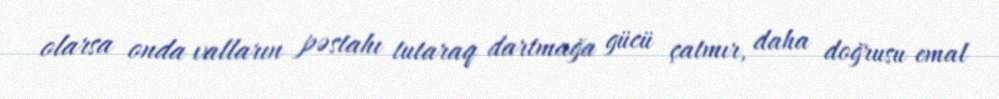
olarsa onda valların pəstahı tutaraq dartmağa gücü çatmır, daha doğrusu emal